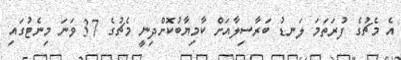
އެ މެޗުގެ ފުރަތަމަ ލަނޑު ބަރާސިލާއަށް ކާމިޔާބުކޮށްދިނީ މެޗުގެ 37 ވަނަ މިނެޓުގައި